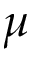
\mu